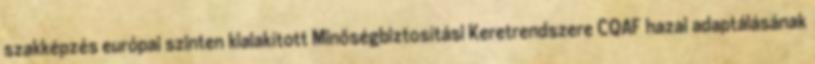
szakképzés európai szinten kialakított Minőségbiztosítási Keretrendszere CQAF hazai adaptálásának